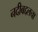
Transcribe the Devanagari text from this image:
नदीबद्दलचा